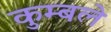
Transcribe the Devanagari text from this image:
कुम्बले